Medical and sanitary report of the native army of Bengal for the year
Year: 1874
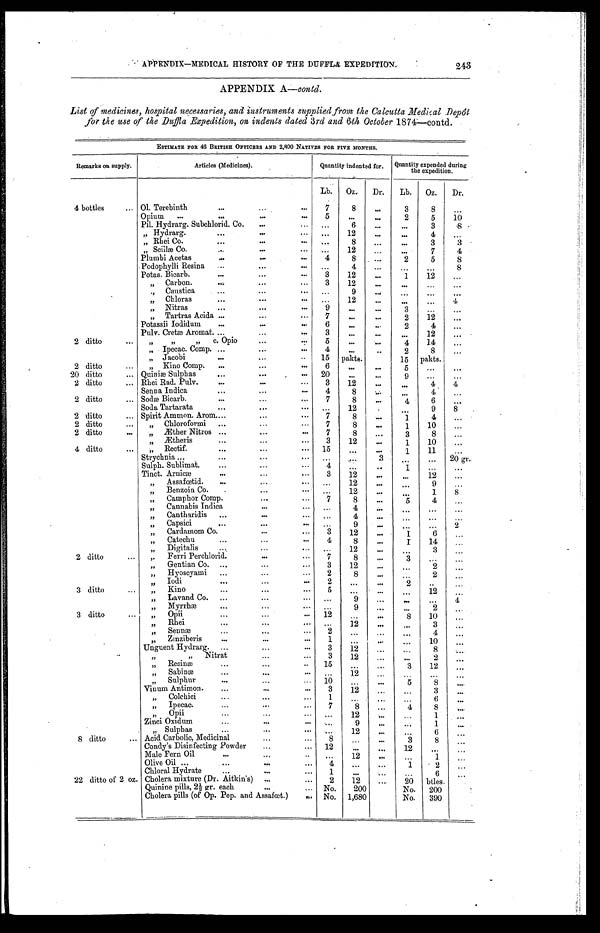
APPENDIX—MEDICAL HISTORY OF THE DUFFLA EXPEDITION. 243
APPENDIX A—contd.
List of medicines, hospital necessaries, and instruments supplied from the Calcutta Medical Depôt
for the use of the Duffla Expedition, on indents dated 3rd and 6th October 1874—contd.
ESTIMATE FOR 46 BRITISH OFFICERS AND 2, 800 NATIVES FOR FIVE MONTHS.
Remarks on supply.
Articles (Medicines).
Quantity indented for. Quantity expended during
the expedition.
Lb. Oz.
Dr.
Lb. Oz.
Dr.
4 bottles
Ol. Terebinth
7
8
. . .
3
8
...
Opium
5
. .
. . .
2
5
10
Pil. Hydrarg. Subchlorid. Co.
...
6
. . .
...
3
8
" Hydrarg.
. . .
1 2
. . .
. . .
4
...
" Rhei Co.
. . .
8
. . .
. . .
3
3
" Scillæ Co.
. . .
12
. . .
. . .
7
4
Plumbi Acetas
4
8
. . .
2
5
8
Podophylli Resina
. . .
4
. . .
. . .
...
8
Potas. Bicarb.
3
12
. . .
1
12
...
" Carbon.
3
12
. . .
. . .
. . .
. . .
" Caustica
. . .
9
. . .
. . .
. . .
. . .
" Chloras
...
12
...
. . .
. . .
4
" Nitras
9
...
. . .
3
. . .
...
" Tartras Acida
7
. . .
...
2
12
. . .
Potassii Iodidum
6
. . .
. . .
2
4
. . .
Pulv. Cretæ Aromat.
3
. . .
. . .
. . .
12
...
2 ditto
" " " c . O p i o
5
. . .
. . .
4
14
...
" Ipecac. Comp.
4
. . .
. . .
2
8
...
" Jacobi
15 pakts.
15 pakts.
2 ditto
" Kino Comp.
6
. . .
. . .
1 5
. . .
. . .
20 ditto
Quiniæ Sulphas
20
. . .
. . .
9
. . .
...
2 ditto
Rhei Rad. Pulv.
3
12
...
. . .
4
4
Senna Indica
4
8
. . .
. . .
4
...
2 ditto
Sodæ Bicarb.
7
8
. . .
4
6
...
Soda Tartarata
...
12
. . .
9
8
2 ditto
Spirit Ammon. Arom
7
8
. . .
1
4
. . .
2 ditto
" Chl or of or mi
7
8
...
1
10
. . .
2 ditto
" Æther Nitros
7
8
. . .
3
8
. . .
" Æ t h e r i s
3
12
. . .
1
10
...
4 ditto
" Rectif.
15
...
. . .
1
11
. . .
Strychnia
...
. . .
3
. . .
... 20 gr.
Sulph. Sublimat.
4
. . .
. . .
1
. . .
...
Tinct. Arnicæ
3
12
. . .
. . .
1 2
. . .
" Assafœetid.
. . .
12
. . .
. . .
9
...
" Benzoin Co.
. . .
12
. . .
. . .
1
8
" Camphor Comp.
7
8
. . .
5
4
...
" Cannabis Indica
. . .
4
. . .
. . .
. . .
. . .
" Cantharidis
. . .
4
. . .
. . .
. . .
. . .
" C a p s i c i
. . .
9
. . .
...
. . .
2
" C a r d a m o m C o .
3
12
. . .
1
6
...
" Catechu
4
8
. . .
1
14
" Digitalis
. . .
12
. . .
. . .
3
. . .
2 ditto
" Ferri Perchlorid.
7
8
. . .
3
. . .
...
" Gentian Co.
3
12
. . .
. . .
2
. . .
" Hyoscyami
2
8
. . .
...
2
. . .
" I o d i
2
. . .
. . .
2
. . .
. . .
3 ditto
" K i n o
5
. . .
. . .
. . .
12
...
" Lavand Co.
. . .
9
. . .
. . .
. . .
4
" Myrrhæ
. . .
9
. . .
. . .
2
. . .
3 ditto
" O p i i
12
...
. . .
8
10
...
" R h e i
...
12
. . .
. . .
3
. . .
" Sennæ
2
. . .
...
. . .
4
...
" Zinziberis
1
. .
. . . . . .
10
...
Unguent Hydrarg.
3
12
. . .
...
8
. . .
" " Nitrat
3
12
. . .
...
2
. . .
" Resinæ
15
. . .
. . .
3
12
...
" Sabinæ
...
12
. . .
. . .
. . .
. . .
" Sulphur
10
. . .
. . .
5
8
. . .
Vinum Antimon.
3
12
...
. . .
3
...
" Colchici
1
. . .
...
...
6
. . .
" I p e c a c .
7
8
. . .
4
8
. . .
" O p i i
...
12
...
. . .
1
. . .
Zinci Oxidum
...
9
. . .
. . .
1
...
" Sulphas
. . .
12
. . . . . .
6
...
8 ditto
Acid Carbolic, Medicinal
8
...
. . .
3
8
. . .
Condy's Disinfecting Powder
12
. . .
. . .
12
. . .
. . .
Male Fern Oil
...
12
...
. . .
1
...
Olive Oil
4
. . .
...
1
2
. . .
Chloral Hydrate
1
. . .
. . .
. . .
6
. . .
22 ditto of 2 oz. Cholera mixture (Dr. Aitkin's)
2
12
...
20 btles.
Quinine pills, 2½ gr. each
No.
200
No. 200
Cholera pills (of Op. Pep. and Assafœt.)
No. 1,680
No.
390